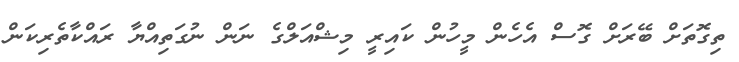
ތިގޮތަށް ބޭރަށް ގޮސް އެހެން މީހުން ކައިރީ މިޝްއަލްގެ ނަން ނުގަތިއްޔާ ރައްކާތެރިކަން